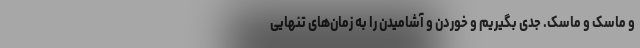
و ماسک و ماسک. جدی بگیریم و خوردن و آشامیدن را به زمان‌های تنهایی